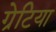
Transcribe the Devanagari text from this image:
ग्रेटिया